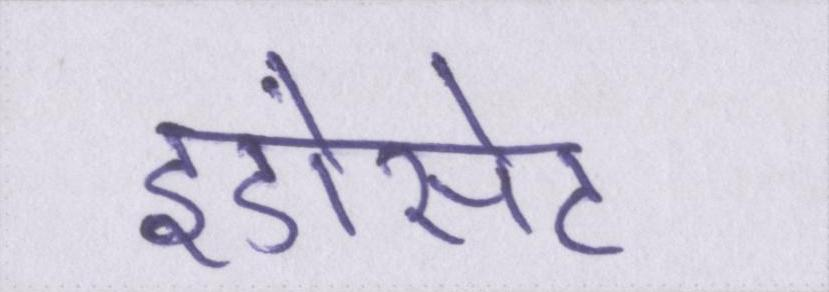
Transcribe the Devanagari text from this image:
इंडोसेट